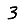
Digit: 3